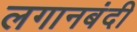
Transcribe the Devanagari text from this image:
लगानबंदी